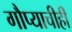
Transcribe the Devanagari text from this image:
गौप्याचीही